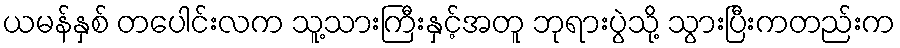
ယမန်နှစ် တပေါင်းလက သူ့သားကြီးနှင့်အတူ ဘုရားပွဲသို့ သွားပြီးကတည်းက